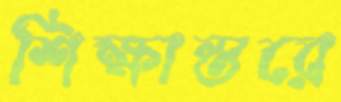
শিক্ষাস্তরে